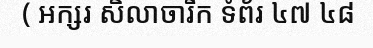
( អក្សរ សិលាចារឹក ទំព័រ ៤៧ ៤៨